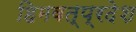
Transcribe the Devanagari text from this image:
हिमवत्प्रदेश